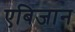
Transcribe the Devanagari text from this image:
एबिजान